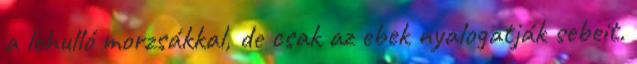
a lehulló morzsákkal, de csak az ebek nyalogatják sebeit.